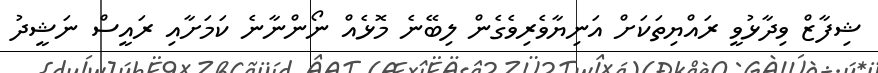
ޝިފާޒް ވިދާޅުވީ ރައްޔިތަކަށް އަނިޔާވެރިވެގެން ލިބޭނެ މޮޅެއް ނޯންނާނެ ކަމަށާއި ރައީސް ނަޝީދު